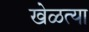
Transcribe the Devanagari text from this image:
खेळत्या